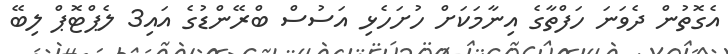
އެގޮތުން ދެވަނަ ހަފްތާގެ އިނާމަކަށް ހުށަހެޅި އަސުސް ބްރޭންޑުގެ އައި3 ލެޕްޓޮޕް ލިބޭ